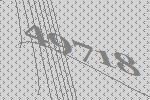
49718